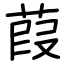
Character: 葭